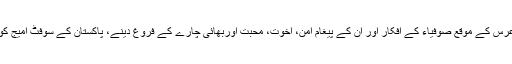
انٹرنیشنل سچل کانفرنس ہفت زبان صوفی شاعر سچل سرمت کے 199 ویں عرس کے موقع صوفیاء کے افکار اور ان کے پیغام امن، اخوت، محبت اوربھائی چارے کے فروغ دینے، پاکستان کے سوفٹ امیج کو اجاگر کرنے اورسچل سرمت کو خراج عقدت کے لیے منعقد کی جارہی ہے۔